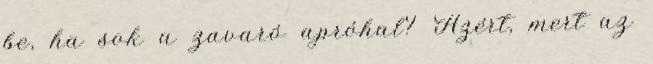
be, ha sok a zavaró apróhal? Azért, mert az